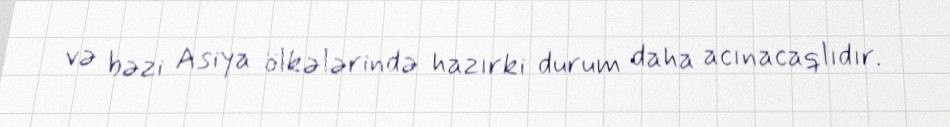
və bəzi Asiya ölkələrində hazırki durum daha acınacaqlıdır.